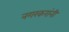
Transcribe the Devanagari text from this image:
नगरकरांनी